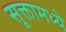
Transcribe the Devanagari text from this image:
सूक्तामध्ये